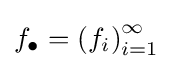
f_{\bullet }=\left(f_{i}\right)_{i=1}^{\infty }